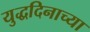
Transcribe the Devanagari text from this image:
युद्धदिनाच्या